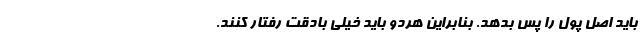
باید اصل پول را پس بدهد. بنابراین هردو باید خیلی بادقت رفتار کنند.